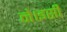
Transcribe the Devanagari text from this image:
ने।इसी